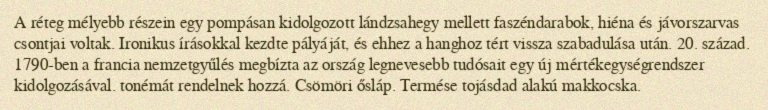
A réteg mélyebb részein egy pompásan kidolgozott lándzsahegy mellett faszéndarabok, hiéna és jávorszarvas csontjai voltak. Ironikus írásokkal kezdte pályáját, és ehhez a hanghoz tért vissza szabadulása után. 20. század. 1790-ben a francia nemzetgyűlés megbízta az ország legnevesebb tudósait egy új mértékegységrendszer kidolgozásával. tonémát rendelnek hozzá. Csömöri ősláp. Termése tojásdad alakú makkocska.